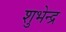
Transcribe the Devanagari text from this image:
शुभेन्द्र